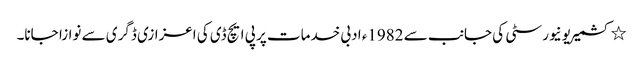
٭ کشمیریونیورسٹی کی جانب سے 1982ء ادبی خدمات پر پی ایچ ڈی کی اعزازی ڈگری سے نوازا جانا۔